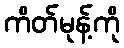
ကိတ်မုန့်ကို